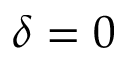
\delta = 0